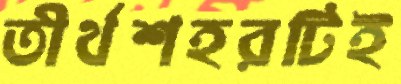
তীর্থশহরটিই